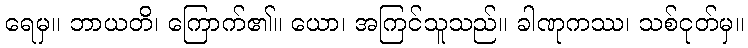
ရေမှ။ ဘာယတိ၊ ကြောက်၏။ ယော၊ အကြင်သူသည်။ ခါဏုကဿ၊ သစ်ငုတ်မှ။